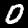
Label: 0